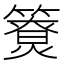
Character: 𥵐